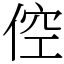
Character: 倥